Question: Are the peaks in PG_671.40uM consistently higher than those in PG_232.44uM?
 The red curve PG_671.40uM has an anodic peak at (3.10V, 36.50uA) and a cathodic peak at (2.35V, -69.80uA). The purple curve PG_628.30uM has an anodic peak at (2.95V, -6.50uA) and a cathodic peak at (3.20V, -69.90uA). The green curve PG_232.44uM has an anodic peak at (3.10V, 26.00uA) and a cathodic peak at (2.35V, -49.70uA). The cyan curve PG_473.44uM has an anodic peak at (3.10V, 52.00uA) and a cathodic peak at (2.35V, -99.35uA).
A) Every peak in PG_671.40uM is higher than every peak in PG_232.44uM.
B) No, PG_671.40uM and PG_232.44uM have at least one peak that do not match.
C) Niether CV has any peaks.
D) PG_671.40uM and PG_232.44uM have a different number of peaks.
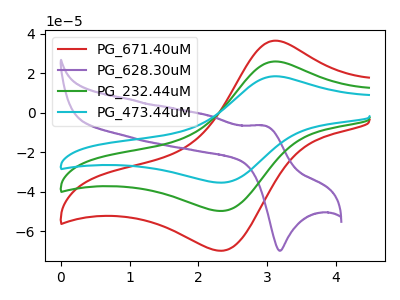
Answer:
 <answer>A) Every peak in "PG_671.40uM" is higher than every peak in "PG_232.44uM".</answer>
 <eval>A</eval>